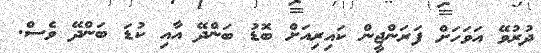
ދުރުވޭ އަވަހަށް ފަރަންޖީން ކައިރިއަށް ބޮޑު ބަންދޭ އާއި ކުޑަ ބަންދޭ ވެސް.